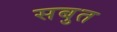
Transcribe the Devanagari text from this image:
सबुत